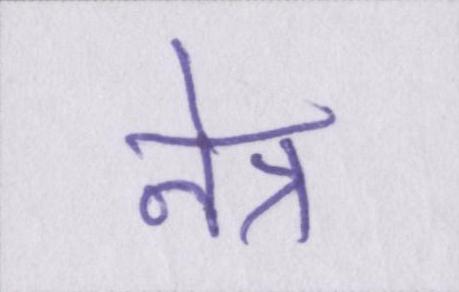
नेत्र